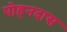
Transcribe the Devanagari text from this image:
पोहनदास